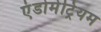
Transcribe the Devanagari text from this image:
एंडोमेट्रियम